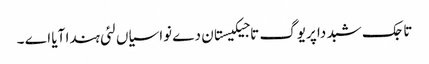
تاجک شبد دا پریوگ تاجیکیستان دے نواسیاں لئی ہندا آیا اے ۔